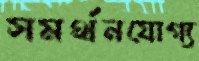
সমর্থনযোগ্য